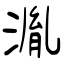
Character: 湚